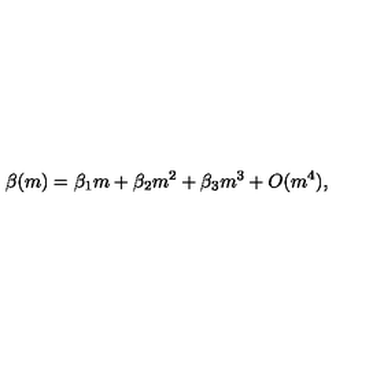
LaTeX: \beta ( m ) = \beta _ { 1 } m + \beta _ { 2 } m ^ { 2 } + \beta _ { 3 } m ^ { 3 } + O ( m ^ { 4 } ) ,